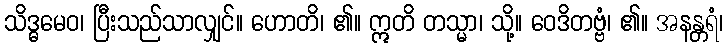
သိဒ္ဓမေဝ၊ ပြီးသည်သာလျှင်။ ဟောတိ၊ ၏။ ဣတိ တသ္မာ၊ သို့။ ဝေဒိတဗ္ဗံ၊ ၏။ အနန္တရံ၊